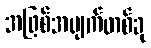
အဖြစ်အပျက်တစ်ခု